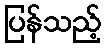
ပြန်သည့်